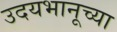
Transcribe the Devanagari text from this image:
उदयभानूच्या